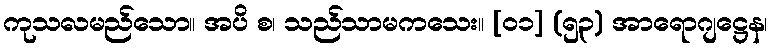
ကုသလမည်သော။ အပိ စ၊ သည်သာမကသေး။ [၀၁] (၅၃) အာရောဂျဋ္ဌေန၊